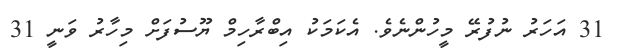
31 އަހަރު ނުފުރޭ މީހުންނެވެ. އެކަމަކު އިބްރާހިމް ޔޫސުފަށް މިހާރު ވަނީ 31